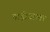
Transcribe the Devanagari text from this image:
ताड़ीवाला